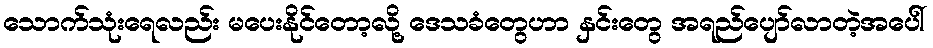
သောက်သုံးရေလည်း မပေးနိုင်တော့လို့ ဒေသခံတွေဟာ နှင်းတွေ အရည်ပျော်လာတဲ့အပေါ်